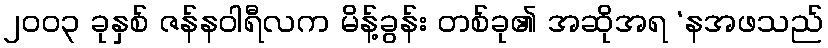
၂၀၀၃ ခုနှစ် ဇန်နဝါရီလက မိန့်ခွန်း တစ်ခု၏ အဆိုအရ ‘နအဖသည်